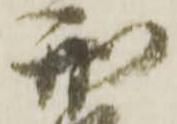
刑